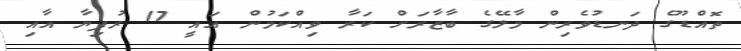
ތޮއްޑޫގެ ދަނޑުވެރިން މާލޭގެ ބާޒާރަށް ކަރާ ވިއްކަމުން އައީ 17 ރުފިޔާ އާއި